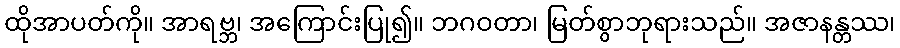
ထိုအာပတ်ကို။ အာရဗ္ဘ၊ အကြောင်းပြု၍။ ဘဂဝတာ၊ မြတ်စွာဘုရားသည်။ အဇာနန္တဿ၊